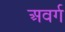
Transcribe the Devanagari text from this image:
अवर्ग